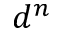
d ^ { n }